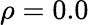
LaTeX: \rho=0.0